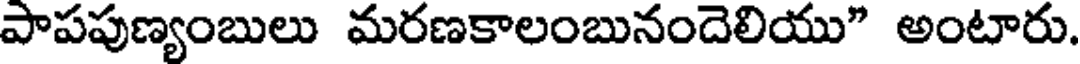
పాపపుణ్యంబులు మరణకాలంబునందెలియు" అంటారు.